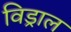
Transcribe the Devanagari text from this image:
विड्राल